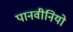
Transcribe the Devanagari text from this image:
पानवीनियो